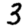
Digit: 3